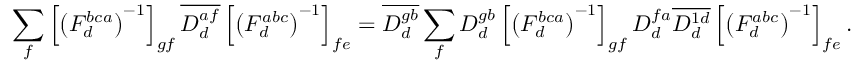
\sum _ { f } \left[ \left( F _ { d } ^ { b c a } \right) ^ { - 1 } \right] _ { g f } \overline { { D _ { d } ^ { a f } } } \left[ \left( F _ { d } ^ { a b c } \right) ^ { - 1 } \right] _ { f e } = \overline { { D _ { d } ^ { g b } } } \sum _ { f } D _ { d } ^ { g b } \left[ \left( F _ { d } ^ { b c a } \right) ^ { - 1 } \right] _ { g f } D _ { d } ^ { f a } \overline { { D _ { d } ^ { 1 d } } } \left[ \left( F _ { d } ^ { a b c } \right) ^ { - 1 } \right] _ { f e } .